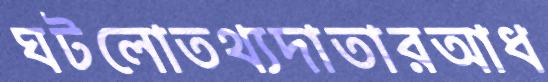
ঘটলোতথ্যদাতারআধ